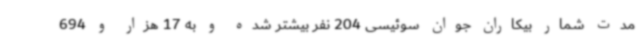
مدت شمار بیکاران جوان سوئیسی 204 نفر بیشتر شده و به 17 هزار و 694